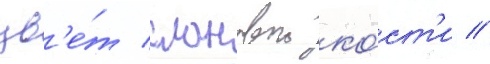
цв'е́т слоновои ко́ст'и //